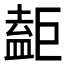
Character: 𥂇